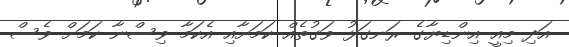
އަދި މިއީ އިންޑިޔާގެ ރަނގަޅު ވަގުތެއް ކަމަށާއި އެކަމާ ވިސްނާ ކަމަށް ވެސް